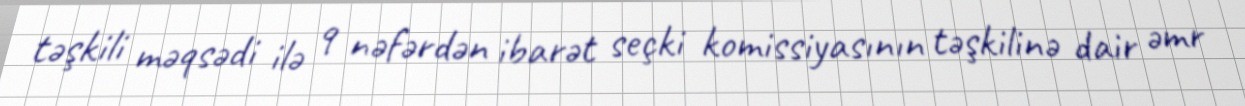
təşkili məqsədi ilə 9 nəfərdən ibarət seçki komissiyasının təşkilinə dair əmr